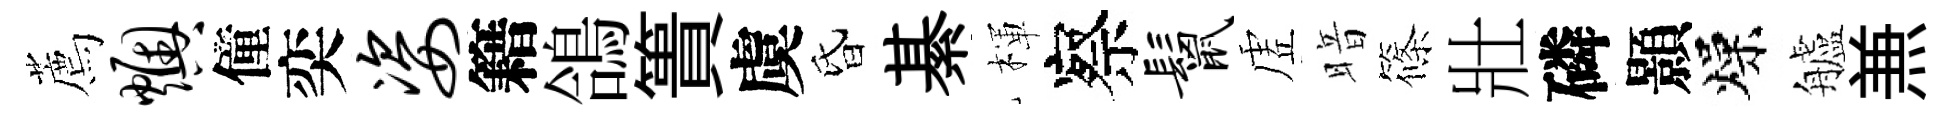
薦燠僮奕姿籍鴿簣虞昏綦楎察鬣虗暗篠壯磷顥燥艫𠔥